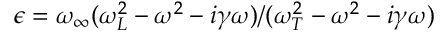
\epsilon = \omega _ { \infty } ( \omega _ { L } ^ { 2 } - \omega ^ { 2 } - i \gamma \omega ) / ( \omega _ { T } ^ { 2 } - \omega ^ { 2 } - i \gamma \omega )